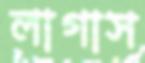
লাগাস